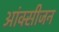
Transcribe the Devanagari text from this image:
आंक्सीजन